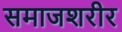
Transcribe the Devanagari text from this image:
समाजशरीर